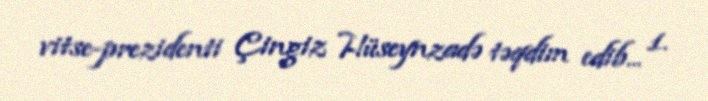
vitse-prezidenti Çingiz Hüseynzadə təqdim edib... 1.